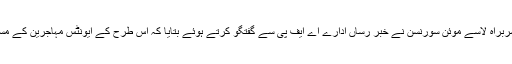
ناروے کے غیر سرکاری ادارے ’ریفیوجی ناروے‘ کے نائب سربراہ لاسے موئن سورنسن نے خبر رساں ادارے اے ایف پی سے گفتگو کرتے ہوئے بتایا کہ اس طرح کے ایونٹس مہاجرین کے مسائل کے بارے میں آگہی کے فروغ میں مددگار ثابت ہوتے ہیں۔